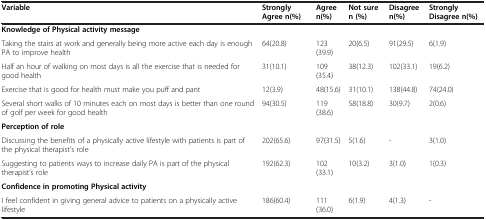
<table><thead><tr><td><b>Variable</b></td><td><b>Strongly Agree n(%)</b></td><td><b>Agree n(%)</b></td><td><b>Not sure n (%)</b></td><td><b>Disagree n(%)</b></td><td><b>Strongly Disagree n(%)</b></td></tr></thead><tbody><tr><td><b>Knowledge of Physical activity message</b></td><td> </td><td> </td><td> </td><td> </td><td> </td></tr><tr><td>Taking the stairs at work and generally being more active each day is enough PA to improve health</td><td>64(20.8)</td><td>123(39.9)</td><td>20(6.5)</td><td>91(29.5)</td><td>6(1.9)</td></tr><tr><td>Half an hour of walking on most days is all the exercise that is needed for good health</td><td>31(10.1)</td><td>109(35.4)</td><td>38(12.3)</td><td>102(33.1)</td><td>19(6.2)</td></tr><tr><td>Exercise that is good for health must make you puff and pant</td><td>12(3.9)</td><td>48(15.6)</td><td>31(10.1)</td><td>138(44.8)</td><td>74(24.0)</td></tr><tr><td>Several short walks of 10 minutes each on most days is better than one round of golf per week for good health</td><td>94(30.5)</td><td>119(38.6)</td><td>58(18.8)</td><td>30(9.7)</td><td>2(0.6)</td></tr><tr><td><b>Perception of role</b></td><td> </td><td> </td><td> </td><td> </td><td> </td></tr><tr><td>Discussing the benefits of a physically active lifestyle with patients is part of the physical therapist’s role</td><td>202(65.6)</td><td>97(31.5)</td><td>5(1.6)</td><td>-</td><td>3(1.0)</td></tr><tr><td>Suggesting to patients ways to increase daily PA is part of the physical therapist’s role</td><td>192(62.3)</td><td>102(33.1)</td><td>10(3.2)</td><td>3(1.0)</td><td>1(0.3)</td></tr><tr><td><b>Confidence in promoting Physical activity</b></td><td> </td><td> </td><td> </td><td> </td><td> </td></tr><tr><td>I feel confident in giving general advice to patients on a physically active lifestyle</td><td>186(60.4)</td><td>111(36.0)</td><td>6(1.9)</td><td>4(1.3)</td><td>-</td></tr></tbody></table>